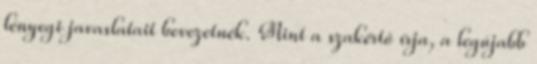
lényegi javaslatait bevezetnék. Mint a szakértő írja, a legújabb